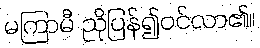
မကြာမီ ညိုပြန်၍ဝင်လာ၏။